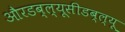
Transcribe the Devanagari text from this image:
औरडब्ल्यूसीडब्ल्यू